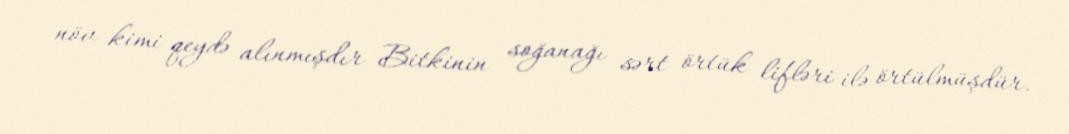
növ kimi qeydə alınmışdır Bitkinin soğanağı sərt örtük lifləri ilə örtülmüşdür.